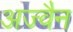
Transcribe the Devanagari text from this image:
अज्वैन